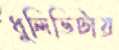
ধুলিভিটায়